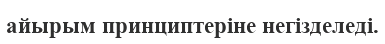
айырым принциптеріне негізделеді.